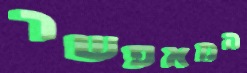
המאפשר